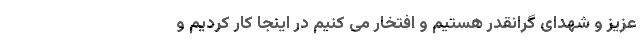
عزیز و شهدای گرانقدر هستیم و افتخار می کنیم در اینجا کار کردیم و